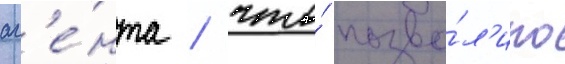
аг'е́нта / что́ позво́л'ило